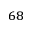
^ { 6 8 }